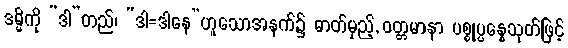
ဒမ္မိကို “ဒါ”တည်၊ “ဒါ=ဒါနေ”ဟူသောအနက်၌ ဓာတ်မှည့်, ဝတ္တမာနာ ပစ္စုပ္ပန္နေသုတ်ဖြင့်